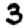
Digit: 3